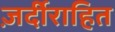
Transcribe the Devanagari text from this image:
ज़र्दीराहित